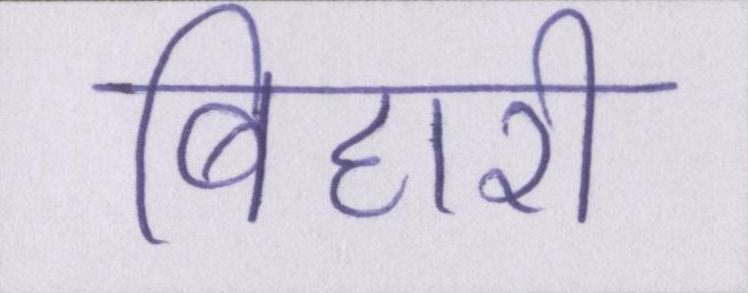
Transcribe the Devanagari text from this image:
बिहारी